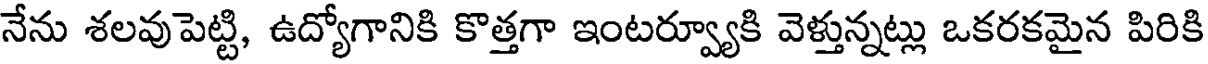
నేను శలవుపెట్టి, ఉద్యోగానికి కొత్తగా ఇంటర్వ్యూకి వెళ్తున్నట్లు ఒకరకమైన పిరికి